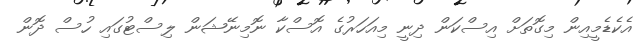
އެކެޑެމީއިން މިގޮތަށް އިސްކަން ދިނީ މިއަހަރުގެ އޮސްކާ ނޮމިނޭޝަން ލިސްޓުގައި ހުސް ދޮން